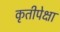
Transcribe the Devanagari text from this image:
कृतीपेक्षा